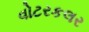
વોટરકલર